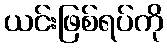
ယင်းဖြစ်ရပ်ကို